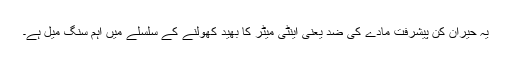
یہ حیران کن پیشرفت مادے کی ضد یعنی اینٹی مَیٹر کا بھید کھولنے کے سلسلے میں اہم سنگ میل ہے۔